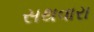
સથવારા